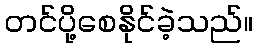
တင်ပို့စေနိုင်ခဲ့သည်။